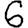
Digit: 6